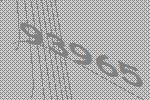
93965